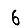
Digit: 6